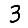
Digit: 3